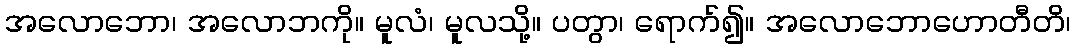
အလောဘော၊ အလောဘကို။ မူလံ၊ မူလသို့။ ပတွာ၊ ရောက်၍။ အလောဘောဟောတီတိ၊